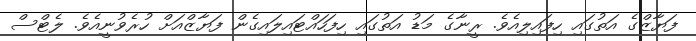
ފަޔާޒްގެ އަތުގައި ހިފައިލިއެވެ. ރީނާގެ މަޑު އަތުގައި ހިފަހައްޓައިލައިގެން ފަޔާޒްއަށް ހުރެވުނީއެވެ. ލެޓްސް